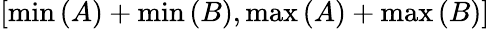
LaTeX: \left[\operatorname*{min}\left(A\right)+\operatorname*{min}\left(B\right),\operatorname*{max}\left(A\right)+\operatorname*{max}\left(B\right)\right]